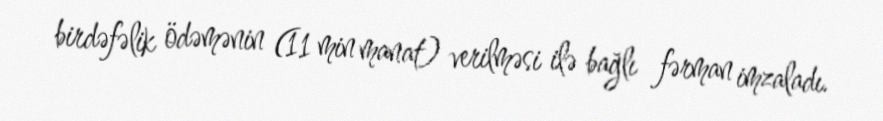
birdəfəlik ödəmənin (11 min manat) verilməsi ilə bağlı fərman imzaladı.